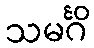
သမင်္ဂိ